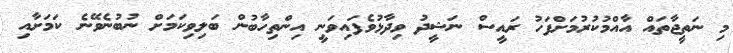
މި ނަތީޖާތައް އާއްމުކުރުމަށްފަހު ރައީސް ނަޝީދު ވިދާޅުވެފައިވަނީ އިންތިހާބުން ބަލިވިކަމަށް ނުބުނެވޭނެ ކަމަށާއި